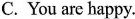
C. You are happy.